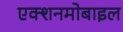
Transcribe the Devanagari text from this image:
एक्शनमोबाइल